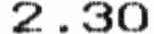
2.30